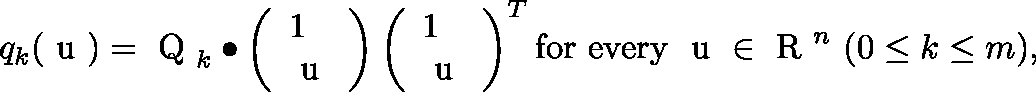
\begin{array} { r } { q _ { k } ( \mathrm { \boldmath ~ u ~ } ) = \mathrm { \boldmath ~ Q ~ } _ { k } \bullet \left( \begin{array} { l } { 1 } \\ { \mathrm { \boldmath ~ u ~ } } \end{array} \right) \left( \begin{array} { l } { 1 } \\ { \mathrm { \boldmath ~ u ~ } } \end{array} \right) ^ { T } \mathrm { f o r ~ e v e r y ~ } \mathrm { \boldmath ~ u ~ } \in \mathrm { ~ \mathbb { R } ~ } ^ { n } \ ( 0 \leq k \leq m ) , } \end{array}